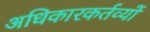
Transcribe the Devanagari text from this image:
अधिकारकर्तव्यों